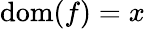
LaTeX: {\mathrm{dom}}(f)=x